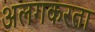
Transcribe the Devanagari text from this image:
अलगकरता